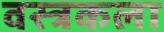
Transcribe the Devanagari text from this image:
वस्त्रकला